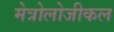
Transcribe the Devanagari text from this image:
मेत्रोलोजीकल